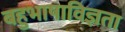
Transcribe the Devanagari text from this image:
बहुभाषाविज्ञता